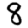
Digit: 8